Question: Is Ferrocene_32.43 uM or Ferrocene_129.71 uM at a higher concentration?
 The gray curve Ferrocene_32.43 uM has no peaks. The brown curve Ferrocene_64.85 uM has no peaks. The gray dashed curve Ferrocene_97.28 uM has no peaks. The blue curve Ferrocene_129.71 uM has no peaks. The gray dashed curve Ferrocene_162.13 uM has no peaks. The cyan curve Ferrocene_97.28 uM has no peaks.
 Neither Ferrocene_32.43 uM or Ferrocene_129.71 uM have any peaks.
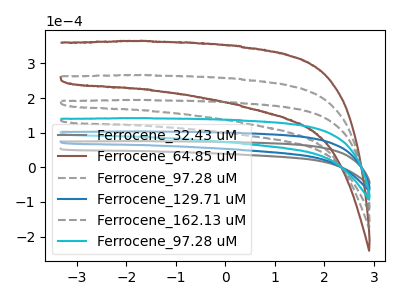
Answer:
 <answer>I cant tell if "Ferrocene_32.43 uM" or "Ferrocene_129.71 uM" has higher concentration.</answer>
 <eval>mixed_concentration</eval>